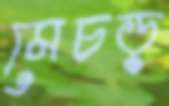
মেচড়